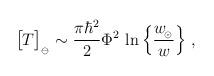
LaTeX: \begin{align*}\big[ T\big]_{_\ominus}\sim {\pi \hbar^2\over 2}\Phi^2 \, \ln\Big\{ {w_{\!_\odot}\over w}\Big\} \ ,\end{align*}